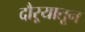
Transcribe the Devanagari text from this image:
दौऱ्यातून